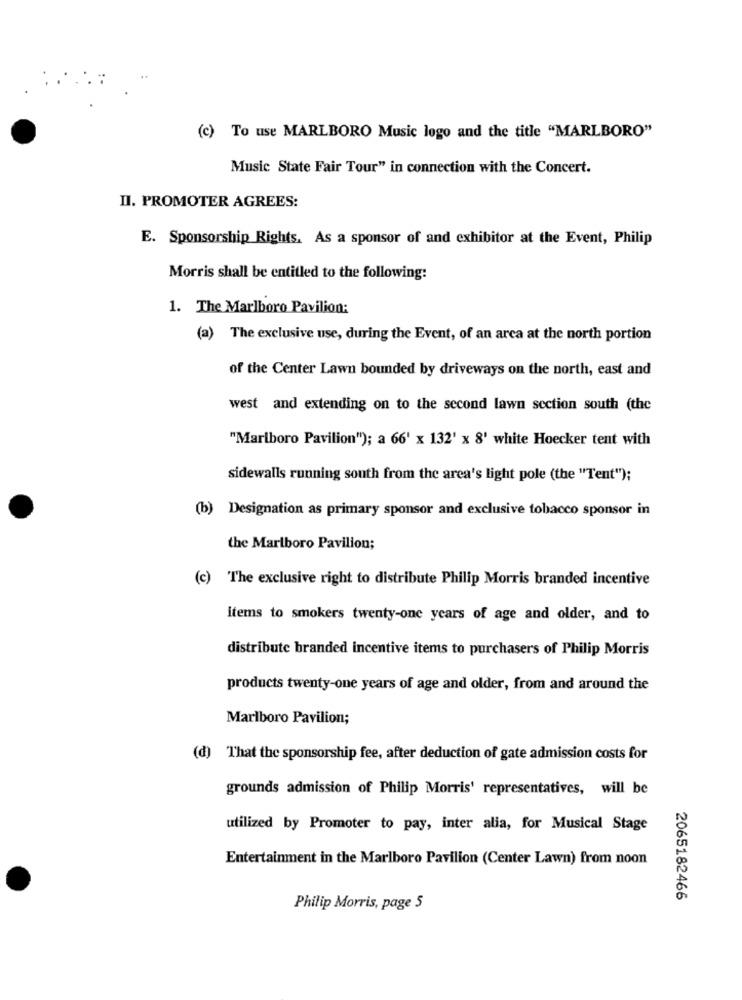
(c) To use MARLBORO Music logo and the title "MARLBORO"
Music State Fair Tour" in connection with the Concert.
II. PROMOTER AGREES:
E. Sponsorship Rights. As a sponsor of and exhibitor at the Event, Philip
Morris shall be entitled to the following:
1. The Marlboro Pavilion:
(a) The exclusive use, during the Event, of an arca at the north portion
of the Center Lawn bounded by driveways on the north, east and
west and extending on to the second lawn section south (the
"Marlboro Pavilion"); a 66' x 132' x 8' white Hoecker tent with
sidewalls running south from the area's light pole (the "Tent");
(b) Designation as primary sponsor and exclusive tobacco sponsor in
the Marlboro Pavilion;
(c) The exclusive right to distribute Philip Morris branded incentive
Items to smokers twenty-one years of age and older, and to
distribute branded incentive items to purchasers of Philip Morris
products twenty-one years of age and older, from and around the
Marlboro Pavilion;
(d) That the sponsorship fee, after deduction of gate admission costs for
grounds admission of Philip Morris' representatives, will be
utilized by Promoter to pay, inter alia, for Musical Stage
Entertainment in the Marlboro Pavilion (Center Lawn) from noon
2065182466
Philip Morris, page 5